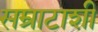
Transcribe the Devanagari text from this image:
सम्राटाशी